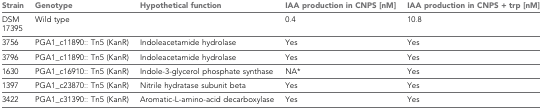
| Strain | Genotype | Hypothetical function | IAA production in CNPS [nM] | IAA production in CNPS + trp [nM] |
 | --- | --- | --- | --- | --- |
 | DSM 17395 | Wild type |  | 0.4 | 10.8 |
 | 3756 | PGA1_c11890:: Tn5 (KanR) | Indoleacetamide hydrolase | Yes | Yes |
 | 3796 | PGA1_c11890:: Tn5 (KanR) | Indoleacetamide hydrolase | Yes | Yes |
 | 1630 | PGA1_c16910:: Tn5 (KanR) | Indole-3-glycerol phosphate synthase | NA* | Yes |
 | 1397 | PGA1_c23870:: Tn5 (KanR) | Nitrile hydratase subunit beta | Yes | Yes |
 | 3422 | PGA1_c31390:: Tn5 (KanR) | Aromatic-L-amino-acid decarboxylase | Yes | Yes |